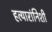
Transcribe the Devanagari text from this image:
हत्यारांनिशी